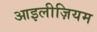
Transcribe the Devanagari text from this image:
आइलीज़ियम